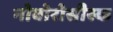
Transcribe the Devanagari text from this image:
नोवोरोसीस्क